Report of the Municipal Commissioner on the plague in Bombay for the year ending 31st May... - Volume 3
Disease focus: Plague
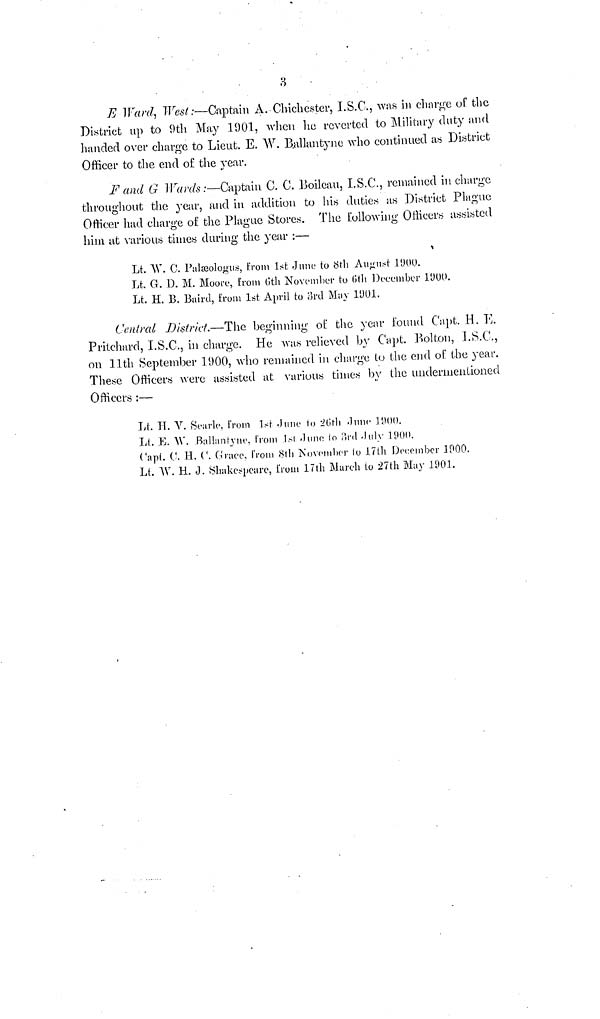
3
E Ward, West:—Captain A. Chichester, I.S.C., was in charge of the
District up to 9th May 1901, when he reverted to Military duty and
handed over charge to Lieut. E. W. Ballantyne who continued as District
Officer to the end of the year.
F and G Wards:—Captain C. C. Boileau, I.S.C., remained in charge
throughout the year, and in addition to his duties as District Plague
Officer had charge of the Plague Stores. The following Officers assisted
him at various times during the year :—
Lt. W. C. Palæologus, from 1st June to 8th August 1900.
Lt. G. D. M. Moore, from 6th November to 6th December 1900.
Lt. H. B. Baird, from 1st April to 3rd May 1901.
Central District.—The beginning of the year found Capt. H. E.
Pritchard, I.S.C., in charge. He was relieved by Capt. Bolton, I.S.C.,
on 11th September 1900, who remained in charge to the end of the year.
These Officers were assisted at various times by the undermentioned
Officers :—
Lt. H. V. Searle. from 1st June to 26th June 1900.
Lt. E. W. Ballantyne, from 1st June to 3rd July 1900.
Capt. C. H. C. Grace, from 8th November lo 17th December 1900.
Lt. W. H. J. Shakespeare, from 17th March to 27th May 1901.